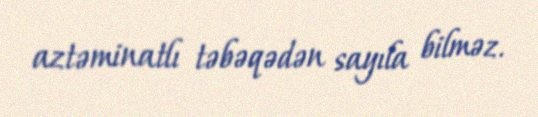
aztəminatlı təbəqədən sayıla bilməz.